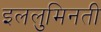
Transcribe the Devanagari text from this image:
इललुमिनती